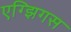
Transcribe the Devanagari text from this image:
एग्झिगस